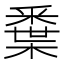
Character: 𨤘